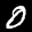
Label: 0